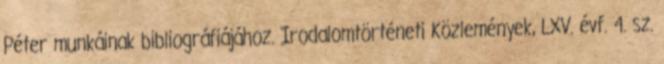
Péter munkáinak bibliográfiájához. Irodalomtörténeti Közlemények, LXV. évf. 4. sz.